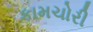
કામચોરી